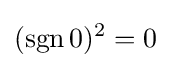
(\operatorname {sgn} 0)^{2}=0